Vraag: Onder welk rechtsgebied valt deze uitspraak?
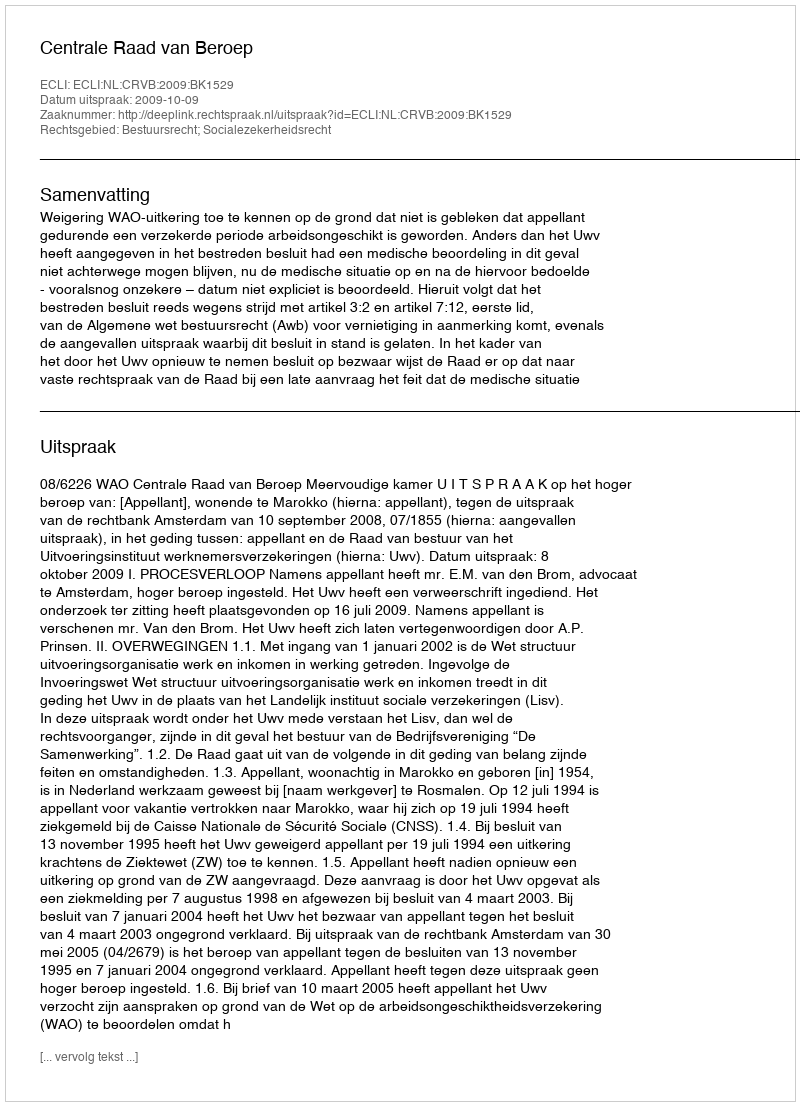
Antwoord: Bestuursrecht; Socialezekerheidsrecht